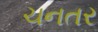
ચનતર